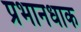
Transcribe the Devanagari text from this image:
प्रभानधाक